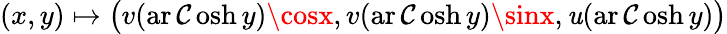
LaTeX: (x,y)\mapsto{\big(}v(\operatorname{ar\mathcal{C}osh}y)\cosx,v(\operatorname{ar\mathcal{C}osh}y)\sinx,\mathit{u}(\operatorname{ar\mathcal{C}osh}y){\big)}